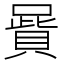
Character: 𠽷